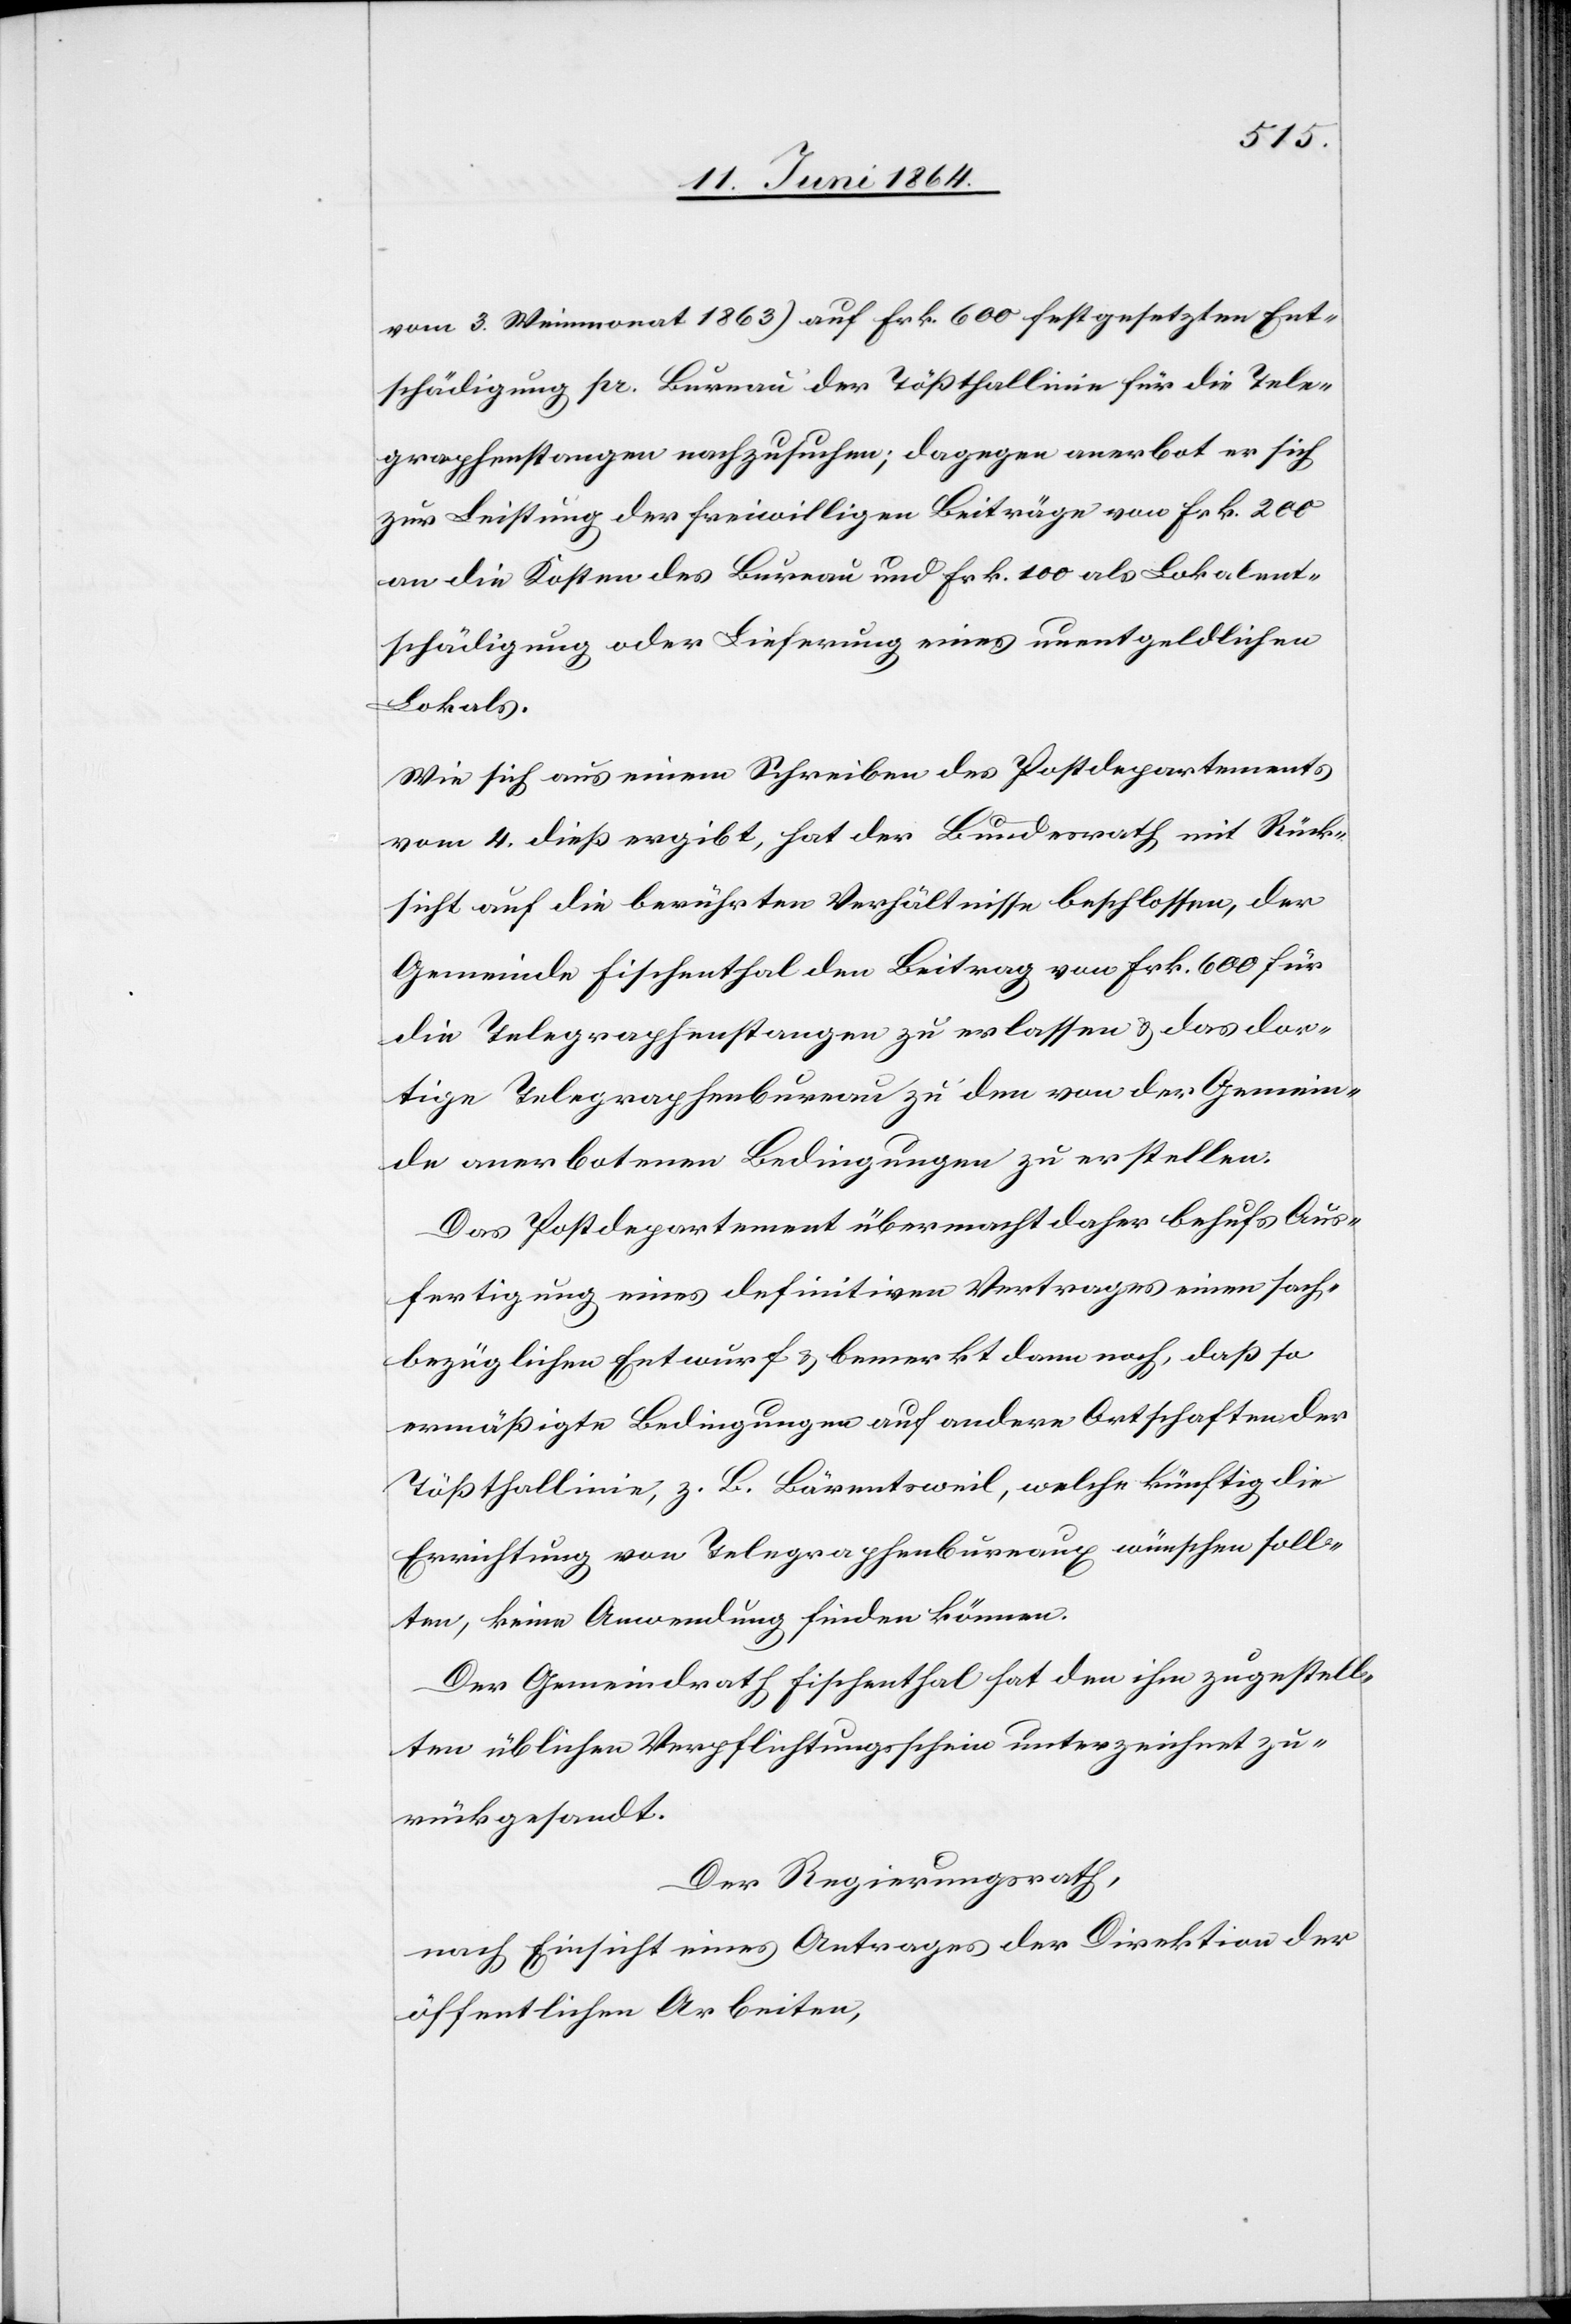
vom 3. Weinmonat 1863) auf Frk. 600 festgesetzten Ent¬
schädigung pr. Bureau der Tößthallinie für die Tele¬
graphenstangen nachzusuchen; dagegen anerbot er sich
zur Leistung der freiwilligen Beiträge von Frk. 200
an die Kosten des Bureau und Frk. 100 als Lokalent¬
schädigung oder Lieferung eines unentgeldlichen
Lokals.
Wie sich aus einem Schreiben des Postdepartements
vom 4. dieß ergibt, hat der Bundesrath mit Rück¬
sicht auf die berührten Verhältnisse beschlossen, der
Gemeinde Fischenthal den Beitrag von Frk. 600 für
die Telegraphenstangen zu erlassen u. das dor¬
tige Telegraphenbureau zu den von der Gemein¬
de anerbotenen Bedingungen zu erstellen.
Das Postdepartement übermacht daher behufs Aus¬
fertigung eines definitiven Vertrages einen sach¬
bezüglichen Entwurf u. bemerkt dann noch, daß so
ermäßigte Bedingungen auf andere Ortschaften der
Tößthallinie, z. B. Bärentsweil, welche künftig die
Errichtung von Telegraphenbureaux wünschen soll¬
ten, keine Anwendung finden können.
Der Gemeindrath Fischenthal hat den ihm zugestell¬
ten üblichen Verpflichtungsschein unterzeichnet zu¬
rückgesandt.
Der Regierungsrath,
nach Einsicht eines Antrages der Direktion der
öffentlichen Arbeiten,